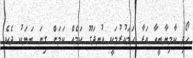
ހޯދި ކާމިޔާބީއާ އަރާ ހަމަކުރުމަކީ އުނދަގޫ ކަމެއް ކަމަށް ގިނަ ބަޔަކު ދެކެ